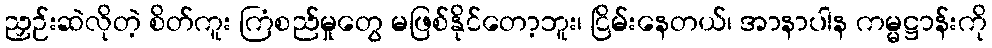
ညှဉ်းဆဲလိုတဲ့ စိတ်ကူး ကြံစည်မှုတွေ မဖြစ်နိုင်တော့ဘူး၊ ငြိမ်းနေတယ်၊ အာနာပါန ကမ္မဋ္ဌာန်းကို